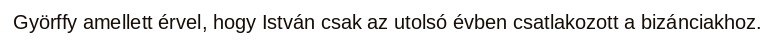
Györffy amellett érvel, hogy István csak az utolsó évben csatlakozott a bizánciakhoz.